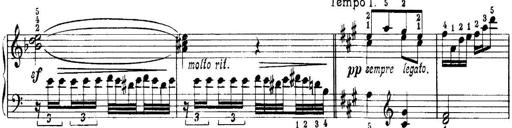
Title: Quatres sonatines
Composer: Tadeusz Joteyko